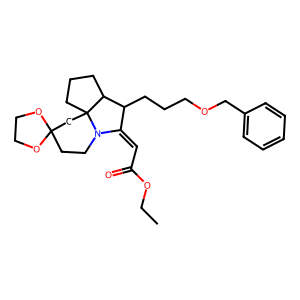
SMILES: CCOC(=O)C=C1C(CCCOCc2ccccc2)C2CCCC23CC2(CCN13)OCCO2
Inhibits HIV replication: No